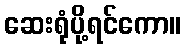
ဆေးရုံပို့ရင်ကော။